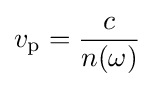
v_{\text{p}}={\frac {c}{n(\omega )}}